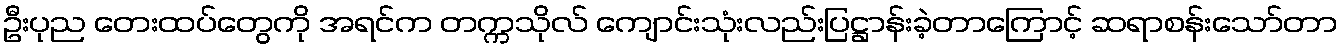
ဦးပုည တေးထပ်တွေကို အရင်က တက္ကသိုလ် ကျောင်းသုံးလည်းပြဋ္ဌာန်းခဲ့တာကြောင့် ဆရာစန်းသော်တာ